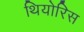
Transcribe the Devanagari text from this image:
थियोरिस